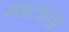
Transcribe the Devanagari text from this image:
माटाला